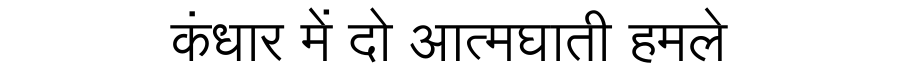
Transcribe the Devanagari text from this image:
कंधार में दो आत्मघाती हमले